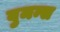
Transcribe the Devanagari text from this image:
वुमन्स